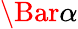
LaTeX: \Bar{\alpha}